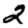
Digit: 2